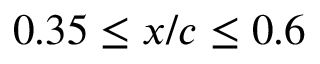
0 . 3 5 \leq x / c \leq 0 . 6